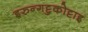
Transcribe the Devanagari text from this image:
इरुन्गट्टुकोट्टाइ